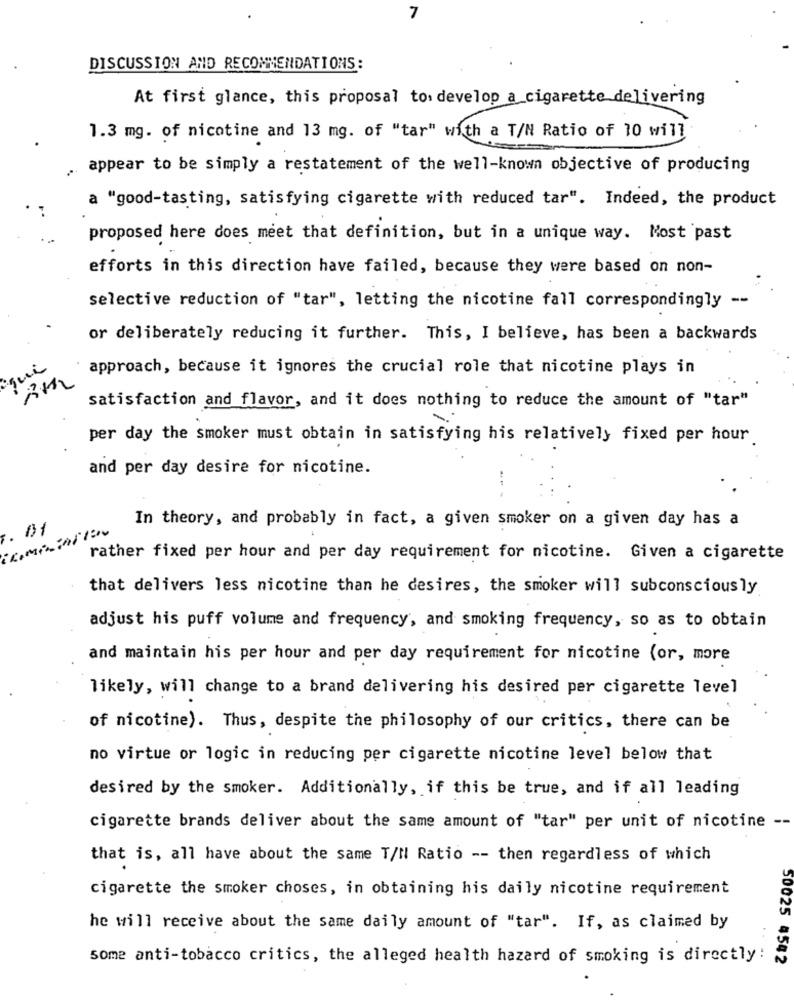
7
DISCUSSION AND RECOMMENDATIONS:
At first glance, this proposal to develop a cigarette delivering
1.3 mg. of nicotine and 13 mg. of "tar" with a T/N Ratio of 10 will
appear to be simply a restatement of the well-known objective of producing
a "good-tasting, satisfying cigarette with reduced tar". Indeed, the product
proposed here does meet that definition, but in a unique way. Most past
efforts in this direction have failed, because they were based on non-
selective reduction of "tar", letting the nicotine fall correspondingly --
or deliberately reducing it further. This, I believe, has been a backwards
approach, because it ignores the crucial role that nicotine plays in
satisfaction and flavor, and it does nothing to reduce the amount of "tar"
per day the smoker must obtain in satisfying his relatively fixed per hour
and per day desire for nicotine.
In theory, and probably in fact, a given smoker on a given day has a
. 01
rather fixed per hour and per day requirement for nicotine. Given a cigarette
that delivers less nicotine than he desires, the smoker will subconsciously
adjust his puff volume and frequency, and smoking frequency, so as to obtain
and maintain his per hour and per day requirement for nicotine (or, more
likely, will change to a brand delivering his desired per cigarette level
of nicotine). Thus, despite the philosophy of our critics, there can be
no virtue or logic in reducing per cigarette nicotine level below that
desired by the smoker. Additionally, if this be true, and if all leading
cigarette brands deliver about the same amount of "tar" per unit of nicotine --
that is, all have about the same T/N Ratio -- then regardless of which
cigarette the smoker choses, in obtaining his daily nicotine requirement
he will receive about the same daily amount of "tar". If, as claimed by
..
some anti-tobacco critics, the alleged health hazard of smoking is directly!
50025 4542